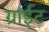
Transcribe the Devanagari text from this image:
ग्राईट